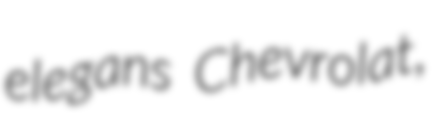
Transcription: elegans Chevrolat,